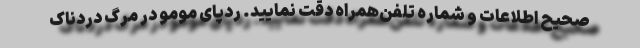
صحیح اطلاعات و شماره تلفن‌همراه دقت نمایید. ردپای مومو در مرگ دردناک